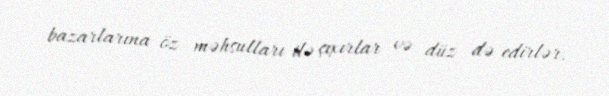
bazarlarına öz məhsulları ilə çıxırlar və düz də edirlər.